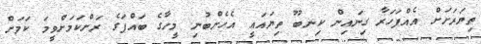
ތިޔަރަށަށް އެއްފަހަރާ ގިނައިން ކިނބޫ ތިޔައައީ އެހެންބުނި މީހާގެ ބައްޕަގެ ރަށްކަމަށްވީމަ ކަމަށް